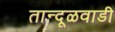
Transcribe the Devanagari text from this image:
तान्दूळवाडी